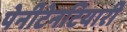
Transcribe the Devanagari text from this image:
पेनीटेनटियारी